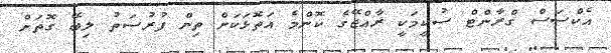
އެކްސަސް ގްރާންޓް ސުކީމަކީ ރާއްޖޭގެ ކޮންމެ އަތޮޅަކަށް ތިން ފުރުސަތު ލިބޭ ގޮތަށް